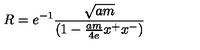
R = e ^ { - 1 } { \frac { \sqrt { a m } } { ( 1 - { \frac { a m } { 4 e } } x ^ { + } x ^ { - } ) } }